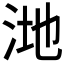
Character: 𪵸